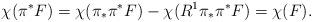
LaTeX: \begin{align*}\chi(\pi^*F)=\chi(\pi_*\pi^*F)-\chi(R^1\pi_*\pi^*F)=\chi(F).\end{align*}